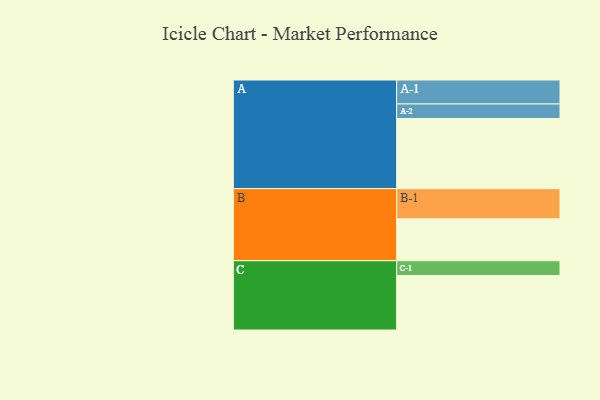
{"axis": {"x": "Segment", "y": "Value"}, "legend": ["", "A", "B", "C"], "data": [{"x": "A", "y": 533, "type": ""}, {"x": "B", "y": 318, "type": ""}, {"x": "C", "y": 413, "type": ""}, {"x": "A-1", "y": 182, "type": "A"}, {"x": "A-2", "y": 110, "type": "A"}, {"x": "B-1", "y": 229, "type": "B"}, {"x": "C-1", "y": 113, "type": "C"}]}